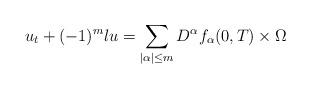
LaTeX: \begin{align*}&u_t+(-1)^m \l u =\sum_{|\alpha|\le m}D^\alpha f_\alpha (0,T)\times \Omega\end{align*}